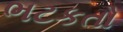
ભટકતો